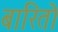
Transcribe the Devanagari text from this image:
बारितो